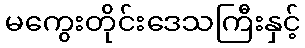
မကွေးတိုင်းဒေသကြီးနှင့်